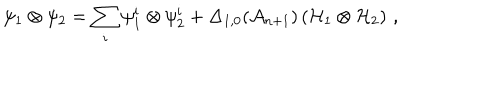
LaTeX: \psi _ { 1 } \otimes \psi _ { 2 } = \sum _ { i } \psi _ { 1 } ^ { i } \otimes \psi _ { 2 } ^ { i } + \Delta _ { 1 , 0 } ( { \cal A } _ { n + 1 } ) \left( { \cal H } _ { 1 } \otimes { \cal H } _ { 2 } \right) \, ,